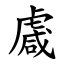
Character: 䖗